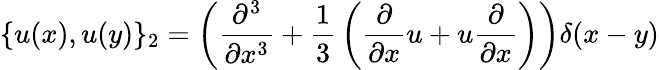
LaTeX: \{ u(x),u(y)\} _{2}=\left({\frac{\partial^{3}}{\partial x^{3}}}+{\frac{1}{3}}\left({\frac{\partial}{\partial x}}u+u{\frac{\partial}{\partial x}}\right)\right)\delta(x-y)